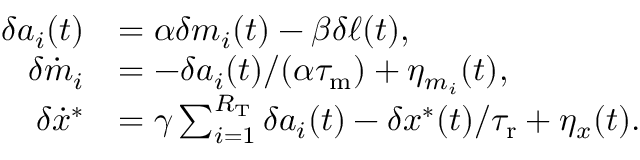
\begin{array} { r l } { \delta a _ { i } ( t ) } & { = \alpha \delta m _ { i } ( t ) - \beta \delta \ell ( t ) , } \\ { \delta \dot { m } _ { i } } & { = - \delta a _ { i } ( t ) / ( \alpha { \tau _ { \mathrm { m } } } ) + \eta _ { m _ { i } } ( t ) , } \\ { \delta \dot { x } ^ { \ast } } & { = \gamma \sum _ { i = 1 } ^ { R _ { \mathrm { T } } } \delta a _ { i } ( t ) - \delta x ^ { \ast } ( t ) / { \tau _ { \mathrm { r } } } + \eta _ { x } ( t ) . } \end{array}